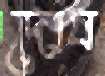
দোষ